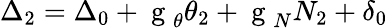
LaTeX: \Delta_{2}=\Delta_{0}+\mathrm{~g~}_{\theta}\theta_{2}+\mathrm{~g~}_{N}N_{2}+\delta_{0}